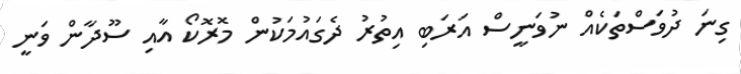
ގިނަ ދުވަސްތަކެއް ނުވަނީސް އަރަބި އިތުރު ދެގައުމަކުން މޮރޮކޯ އާއި ސޫދާން ވަނީ